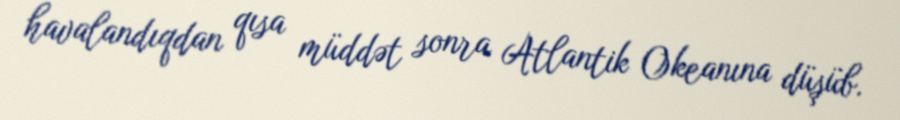
havalandıqdan qısa müddət sonra Atlantik Okeanına düşüb.